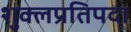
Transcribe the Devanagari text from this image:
शुक्लप्रतिपदा